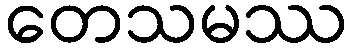
တေသမဿ